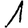
Digit: 1